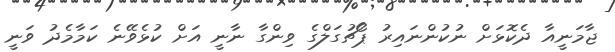
ޖާމަނީއާ ދެކޮޅަށް ނުކުންނައިރު ޕޯޗުގަލްގެ ވިންގާ ނާނީ އަށް ކުޅެވޭނެ ކަމާމެދު ވަނީ